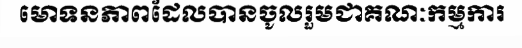
មោទនភាពដែលបានចូលរួមជាគណៈកម្មការ